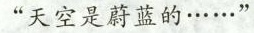
“天空是蔚蓝的……”